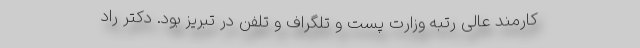
کارمند عالی رتبه وزارت پست و تلگراف و تلفن در تبریز بود. دکتر راد